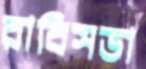
রাবিসভা